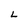
Character: L